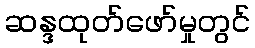
ဆန္ဒထုတ်ဖော်မှုတွင်